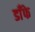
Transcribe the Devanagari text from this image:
डाँफे